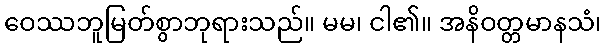
ဝေဿဘူမြတ်စွာဘုရားသည်။ မမ၊ ငါ၏။ အနိဝတ္တမာနသံ၊